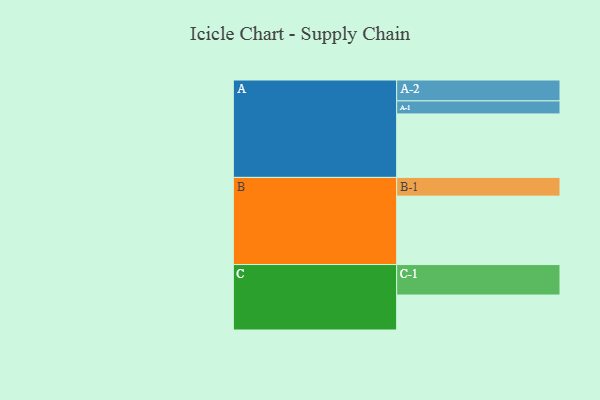
{"axis": {"x": "Segment", "y": "Value"}, "legend": ["", "A", "B", "C"], "data": [{"x": "A", "y": 550, "type": ""}, {"x": "B", "y": 593, "type": ""}, {"x": "C", "y": 303, "type": ""}, {"x": "A-1", "y": 113, "type": "A"}, {"x": "A-2", "y": 181, "type": "A"}, {"x": "B-1", "y": 162, "type": "B"}, {"x": "C-1", "y": 264, "type": "C"}]}